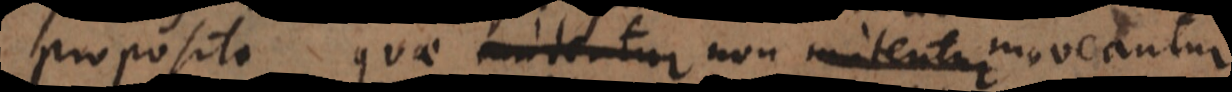
proposito quae non mutentur moveantur